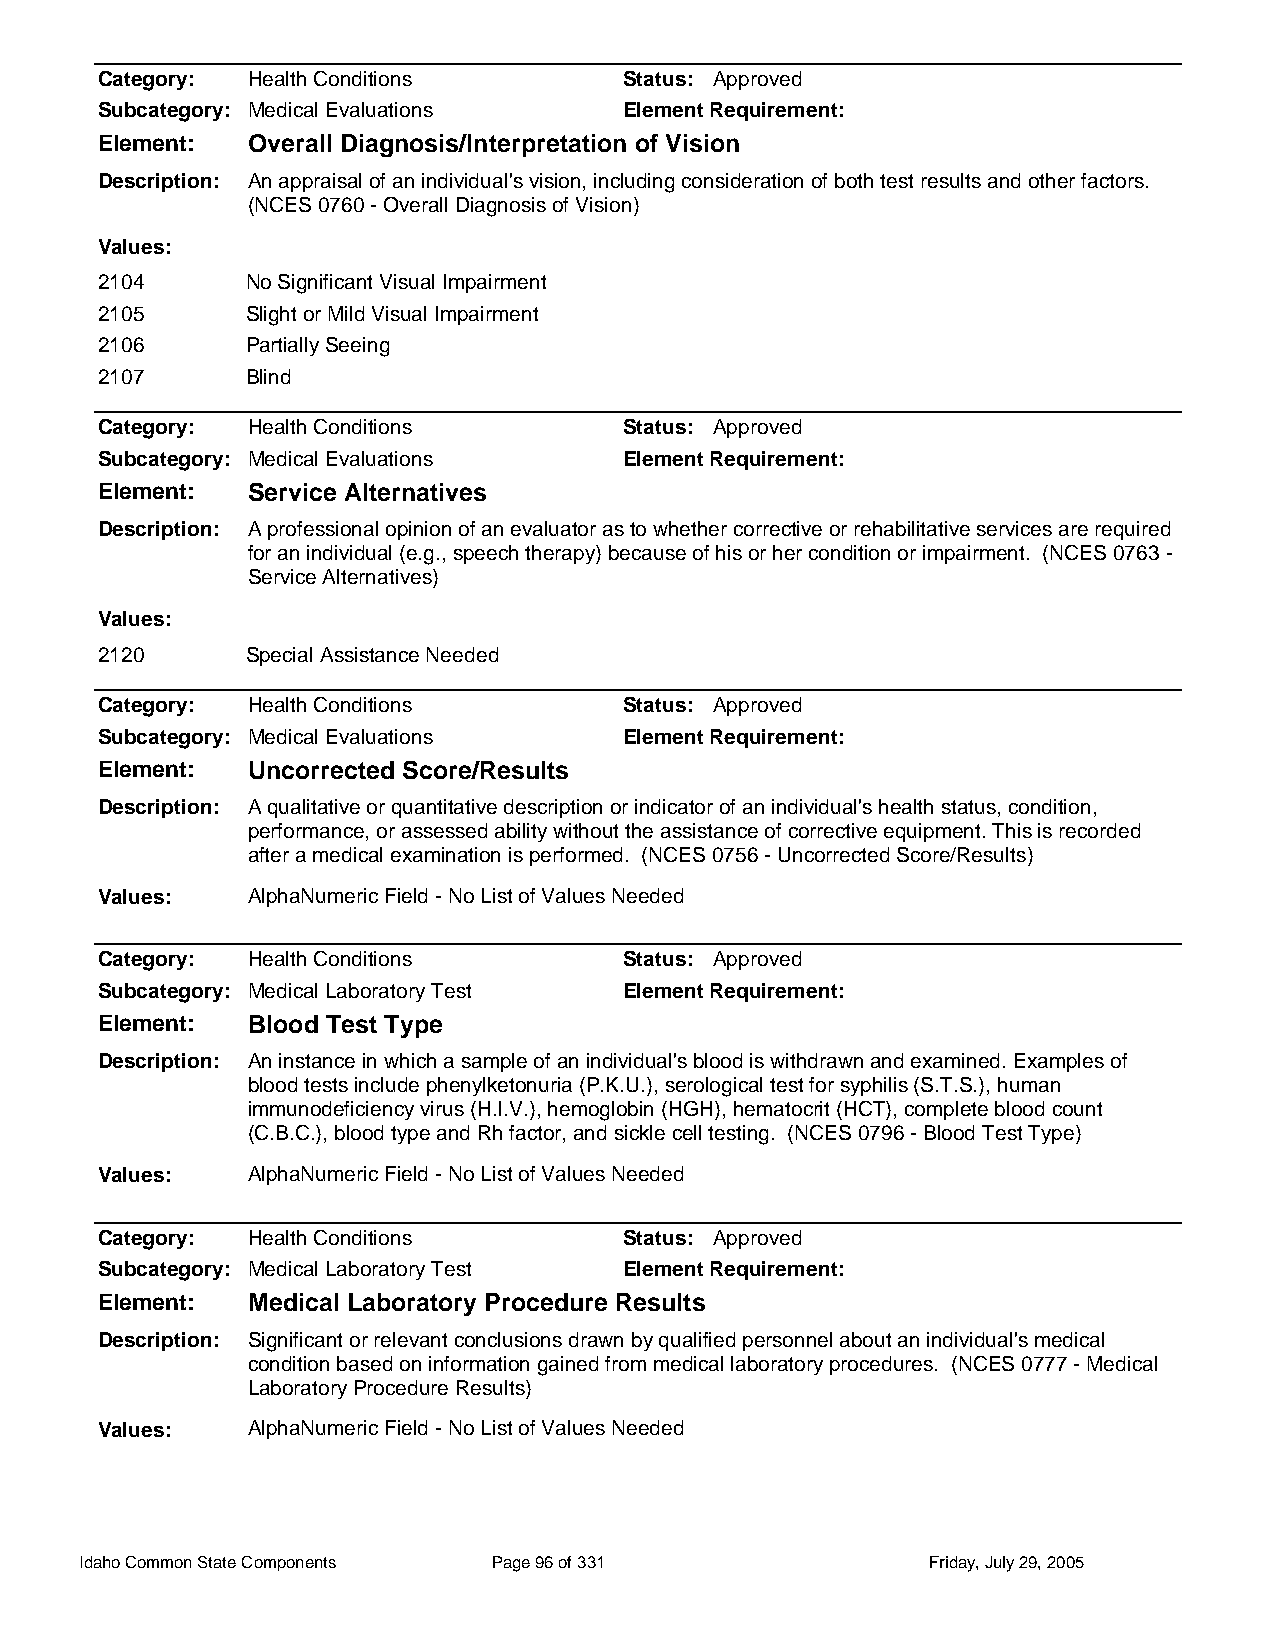
Category: Health Conditions        Status: Approved
 Subcategory: Medical Evaluations   Element Requirement:
 Element:  Overall Diagnosis/Interpretation of Vision
 Description: An appraisal of an individual's vision, including consideration of both test results and other factors.
 (NCES 0760 - Overall Diagnosis of Vision)
 Values:
 2104      No Significant Visual Impairment
 2105      Slight or Mild Visual Impairment
 2106      Partially Seeing
 2107      Blind
 Category: Health Conditions        Status: Approved
 Subcategory: Medical Evaluations   Element Requirement:
 Element:  Service Alternatives
 Description: A professional opinion of an evaluator as to whether corrective or rehabilitative services are required
 for an individual (e.g., speech therapy) because of his or her condition or impairment. (NCES 0763 -
 Service Alternatives)
 Values:
 2120      Special Assistance Needed
 Category: Health Conditions        Status: Approved
 Subcategory: Medical Evaluations   Element Requirement:
 Element:  Uncorrected Score/Results
 Description: A qualitative or quantitative description or indicator of an individual's health status, condition,
 performance, or assessed ability without the assistance of corrective equipment. This is recorded
 after a medical examination is performed. (NCES 0756 - Uncorrected Score/Results)
 Values:   AlphaNumeric Field - No List of Values Needed
 Category: Health Conditions        Status: Approved
 Subcategory: Medical Laboratory Test Element Requirement:
 Element:  Blood Test Type
 Description: An instance in which a sample of an individual's blood is withdrawn and examined. Examples of
 blood tests include phenylketonuria (P.K.U.), serological test for syphilis (S.T.S.), human
 immunodeficiency virus (H.I.V.), hemoglobin (HGH), hematocrit (HCT), complete blood count
 (C.B.C.), blood type and Rh factor, and sickle cell testing. (NCES 0796 - Blood Test Type)
 Values:   AlphaNumeric Field - No List of Values Needed
 Category: Health Conditions        Status: Approved
 Subcategory: Medical Laboratory Test Element Requirement:
 Element:  Medical Laboratory Procedure Results
 Description: Significant or relevant conclusions drawn by qualified personnel about an individual's medical
 condition based on information gained from medical laboratory procedures. (NCES 0777 - Medical
 Laboratory Procedure Results)
 Values:   AlphaNumeric Field - No List of Values Needed
 Idaho Common State Components Page 96 of 331            Friday, July 29, 2005